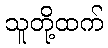
သူတို့ထက်